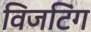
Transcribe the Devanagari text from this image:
विजटिंग